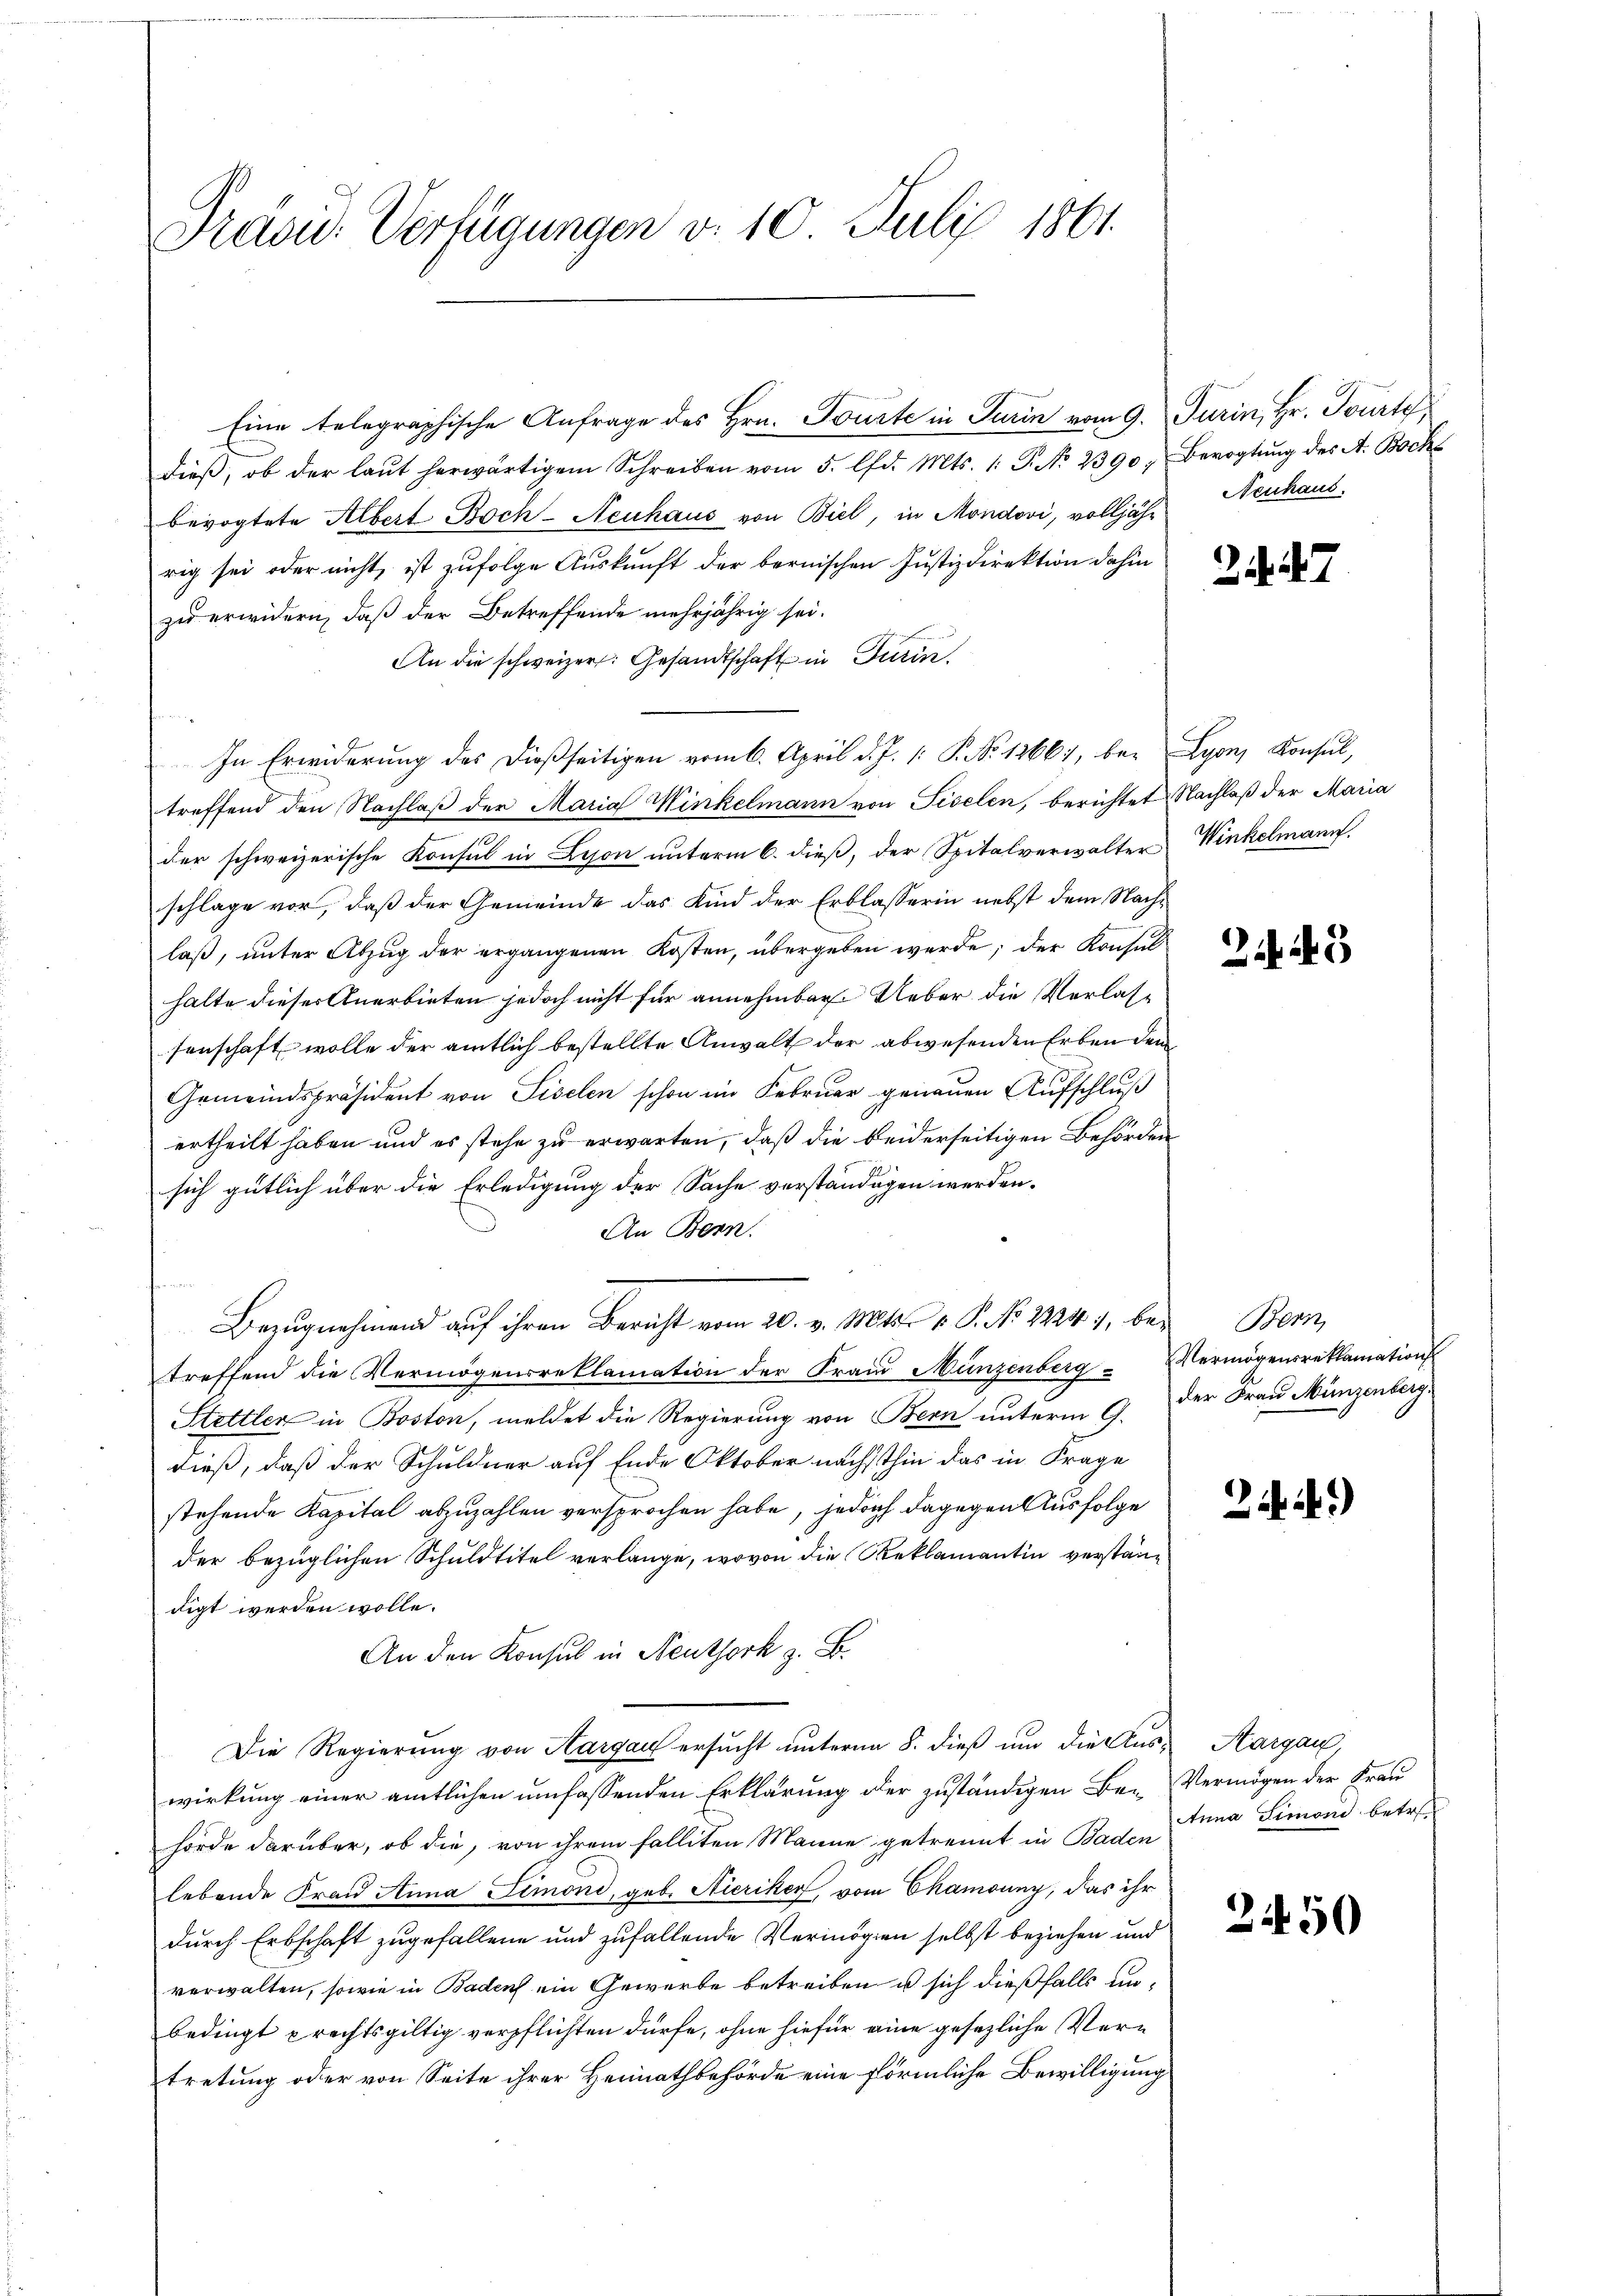
Pravić-Verfügungen v. 10. Juli 1861.

dieβ, ob der laŭt herwärtigem Schreiben vom 5. lfd. Mts. 1. P. No. 2390, Bevogtung des A. Bocks
bevogtete Albert Boch-Neuhaus von Biel, in Mondovi, volljähr
rig sei oder nicht, ist zufolge Auskunft der bernischen Justizdirektion dahin
zu erwidern, daß der Betreffende mehrjährig sei.
An die schweizer: Gesandtschaft in Turin,
In Erwiderung des dießseitigen vom 6. April d. J. P. No 1266), be- Lyon, Konsul,
treffend den Nachlaβ der Maria Winkelmann von Fiselen, berichtet Nachlaß der Maria
der schweizerische Konsul in Lyon unterm 6. dieß, der Spitalverwalter
schlage vor, daß der Gemeinde das Kind der Erblasserin nebst dem Nachlaß, unter Abzug der ergangenen Kosten, übergeben werde; der Konsulhalte dieser Anerbieten jedoch nicht für annehmbar Ueber die Verlassenschaft wolle der amtlich bestellte Anwalt der abwesenden Erben dem
Gemeindspräsident von Liselen schon im Februar genauen Aufschluß
ertheilt haben und es stehe zu erwarten, daß die beiderseitigen Behörden
sich gütlich über die Erledigung der Sache verständigen werden.
An Bern.
hen und
Bezugnahmend auf ihren Bericht vom 20. v. Mts. v. P. No 22241, bey Bern,
treffend die Vermögensreklamation der Fraud Münzenberg Vermögensreklamation
Hettler in Boston, meldet die Regierung von Bern unterm 9. Der Frau Münzenberg
dieß, daß der Schuldner auf Ende Oktober nächsthin das in Frage
stehende Kapital abzuzahlen versprochen habe, jedoch dagegen Ausfolge
der bezüglichen Schuldtitel verlange, wovon die Reklamantin verständigt werden wolle.
An den Konsul in Neuthork z. B.
Die Regierung von Hargau ersucht unterm 8. dieß um die Aus-Aargau,
wirkung einer amtlichen umfassenden Erklärung der zuständigen Be-Vermögen der Frau
hörde darüber, ob die, von ihrem Falliten Manne getrennt in Baden Anna Simoni betr.
lebende Frau Anna Simoni, geb. Hieriker, vom Chamouny, das ihr
durch Erbschaft zugefallene und zufallende Vermögen selbst beziehen und
verwalten, sowie in Badens ein Gewerbe betreiben u sich dießfalls unbedingt prechtsgültig verpflichten dürfe, ohne hiefür eine gesezliche Vertretung oder von Seite ihrer Heimathbehörde eine förmliche Bewilligung

Eine telegraphische Anfrage des Hrn. Tourte in Turin vom 9. Jurin, Hr. Tourte

Neuhaus.

2

Winkelmann.

Zi

2.)

2450